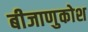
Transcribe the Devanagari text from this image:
बीजाणुकोश